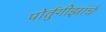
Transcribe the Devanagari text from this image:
पोर्तुगीझांचे